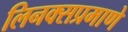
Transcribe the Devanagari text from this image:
लिनक्सप्रमाणे